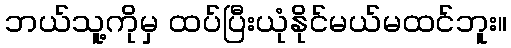
ဘယ်သူ့ကိုမှ ထပ်ပြီးယုံနိုင်မယ်မထင်ဘူး။